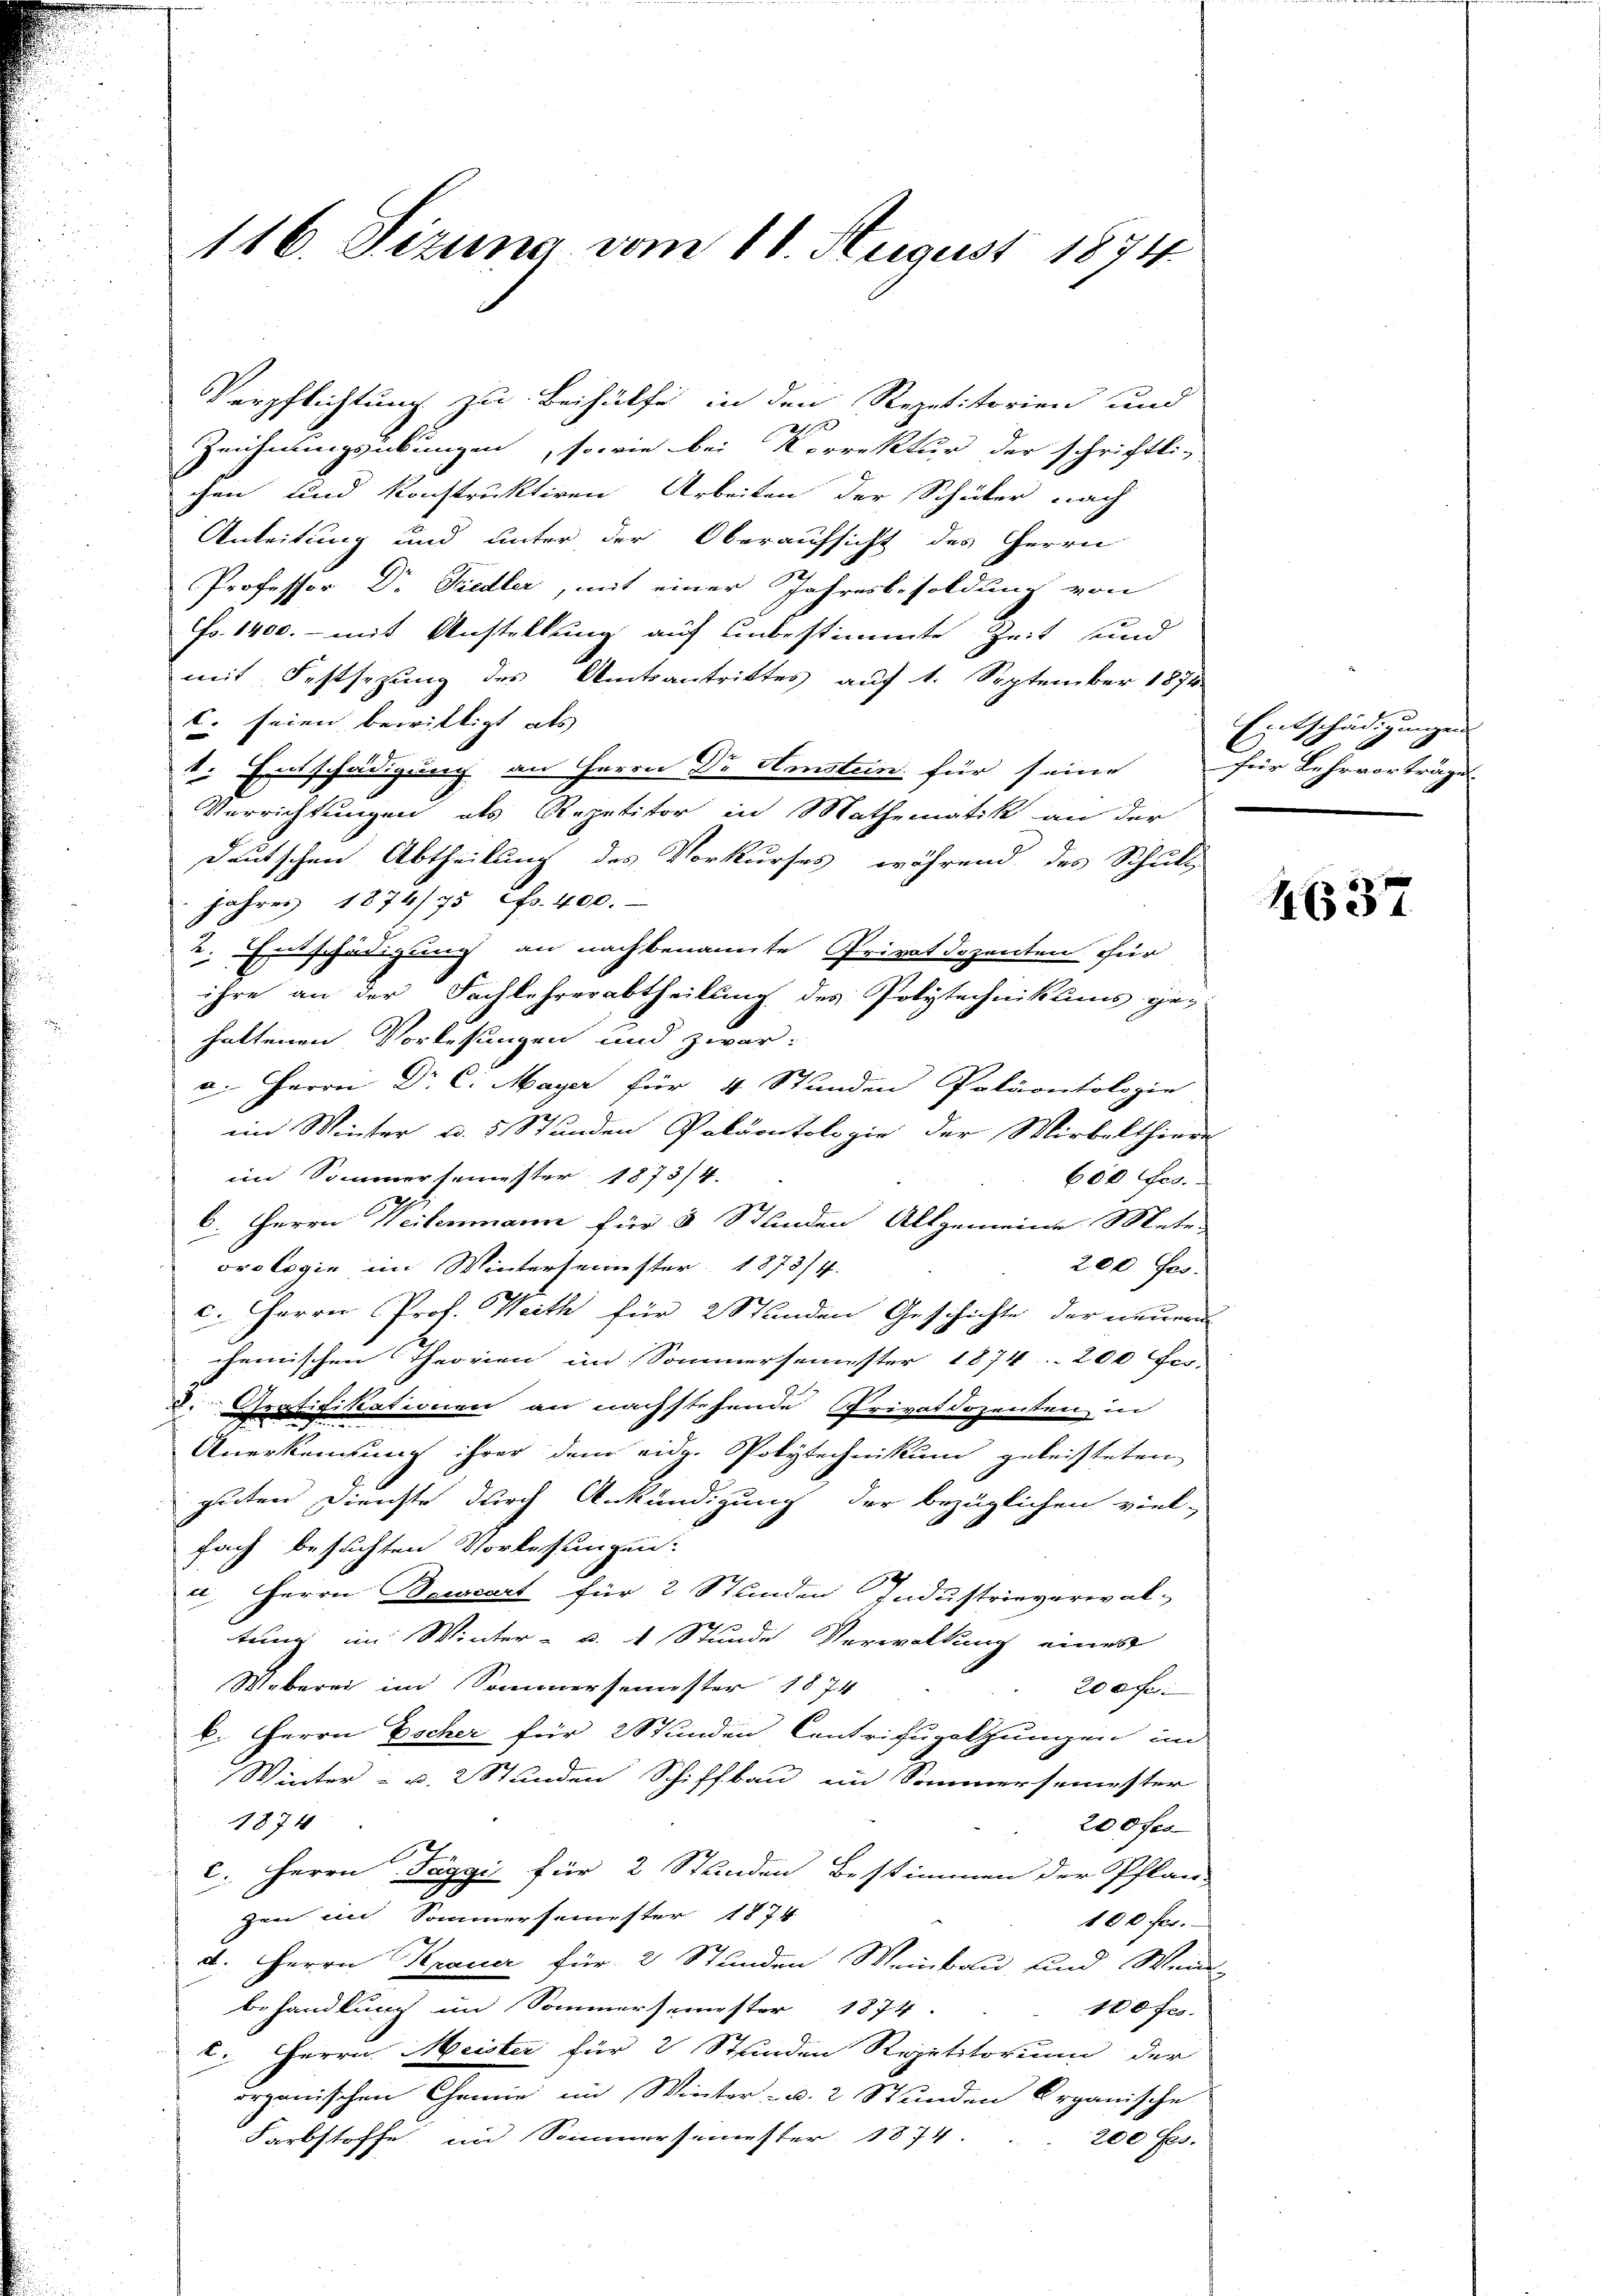
116. Sizung vom 18. August 1874

Verpflichtung zu Beihülfe in den Repetitorien und
2
Zeichnungsübungen, sowie bei Korrektur der schriftli-
chen und konstruktiven Arbeiten der Schüler nach
Anleitung und unter der Oberaufsicht des Herrn
Professor Dr Friedler, mit einer Jahresbesoldung von
Fr. 1400. - mit Anstellung auf unbestimmte Zeit und
mit Festsezung des Amtsantrittes auf 1. September 1874
C. seien bewilligt als
1. Einschädigung an Herrn Dr Amstein für seine für Lehrvorträge
Verrichtungen als Repetitor in Mathematik an der
deutschen Abtheilung des Vorkurses, während des Schult
Jahres 1874/75 f. 400.
2. Einschädigung an nachbenannte Privatdozenten für
ihre an der Sachlehrerabtheilung des Polytechnikums ge-
haltenen Vorlesungen und zwar:
a. Herrn Dr. C. Mayer für 4 Stunden Paläontologie
ein Winter u. 5 Stunden Paläontologie der Mirbelthiere
im Sommersemester 1873/4.
600 fes
6. Herrn Weitenmann für 5 Stunden Allgemeine Mete
200 fes
orologie im Wintersemester 1873/7.
c. Herrn Prof. Weith für 2 Stunden Geschichte der neuen
chemischen Theorien im Sommersemester 1874. 200 Fer-
2. Gratifikationen an nachstehende Privatdozenten in
Anerkennung ihrer dem eidg. Polytechnikum geleisteten
guten Dienste durch Ankündigung der bezüglichen viel-
fach besuchten Vorlesungen.
a Herrn Bercart für 2 Stunden Industrieverwal-
tung im Winter- u. 1 Stunde Verwaltung eines
Wieberei im Sommersemester 1874
200 fe
k. Herrn Escher für 2 Stunden Centrizuholzungen im
Winter - u. 2 Stunden Schiffbau im Sommersemester
1874
200 fes
c. Herrn Taggi für 2 Stunden Bestimmen der Pflan-
zen im Sommersemester 1874
100 fl.
d. Herrn Krauer für 2 Stunden Weinbau und Wein
behandlung im Sommersemester 1874.
100 fl.
c. Herrn Meister für 2 Stunden Repetitorium der
organischen Chemie im Winter- u. 2 Stunden Organische
Farbstoffe im Sommersemester 1874.
200 fes

Entschädigungen

4637